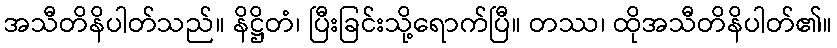
အသီတိနိပါတ်သည်။ နိဋ္ဌိတံ၊ ပြီးခြင်းသို့ရောက်ပြီ။ တဿ၊ ထိုအသီတိနိပါတ်၏။